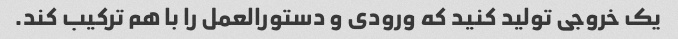
یک خروجی تولید کنید که ورودی و دستورالعمل را با هم ترکیب کند.